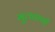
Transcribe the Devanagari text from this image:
मूलवाणी